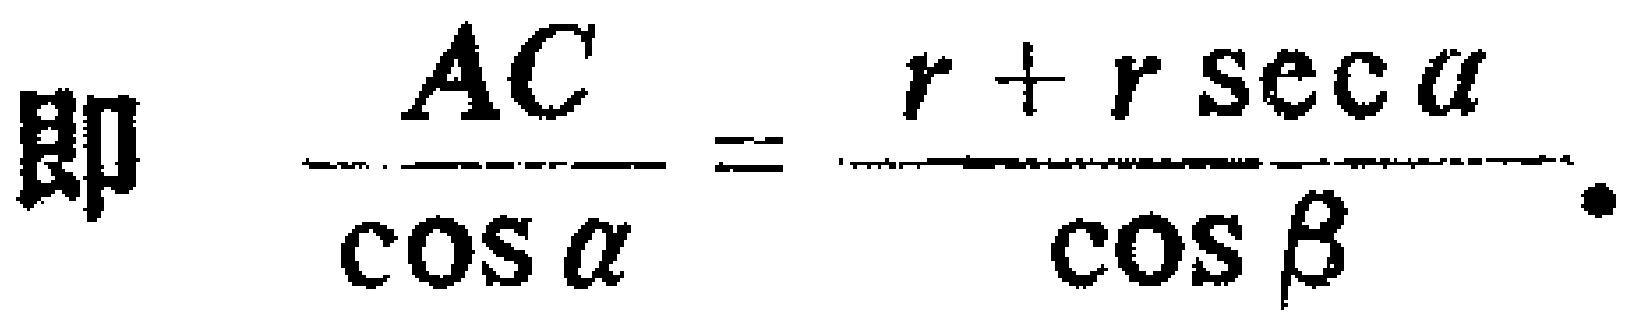
即 $\dfrac{AC}{\cos \alpha}=\dfrac{r + r\sec \alpha}{\cos \beta}.$